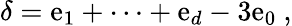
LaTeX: \delta=\mathrm{e}_{1}+\dots+\mathrm{e}_{d}-3\mathrm{e}_{0}\ ,